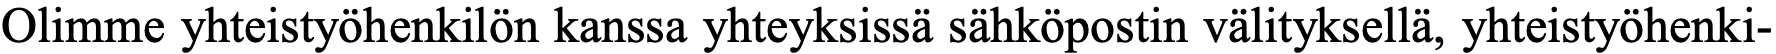
Olimme yhteistyöhenkilön kanssa yhteyksissä sähköpostin välityksellä, yhteistyöhenki-